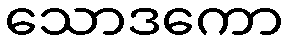
သောဒကော